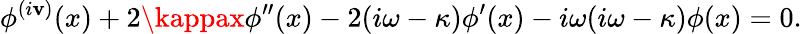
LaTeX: \phi^{(i\mathbf{v})}(x)+2\kappax\phi^{\prime\prime}(x)-2(i\omega-\kappa)\phi^{\prime}(x)-i\omega(i\omega-\kappa)\phi(x)=0.